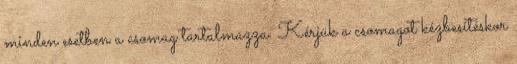
minden esetben a csomag tartalmazza. Kérjük a csomagot kézbesítéskor